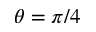
\theta = \pi / 4